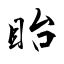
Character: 眙